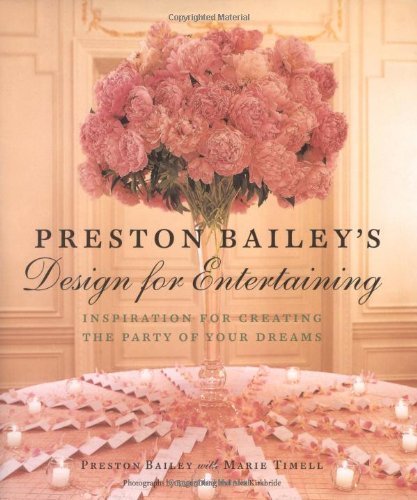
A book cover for Preston Bailey's Design for Entertaining: Inspiration for Creating the Party of Your Dreams; Preston Bailey; Cookbooks, Food & Wine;